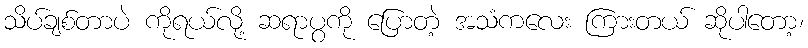
သိပ်ချစ်တာပဲ ကိုရယ်လို့ ဆရာပွကို ပြောတဲ့ အသံကလေး ကြားတယ် ဆိုပါတော့၊